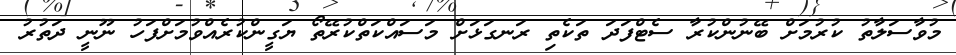
މުވާސަލާތު ކުރުމަށް ބޭނުންކުރާ ސެޓްފަދަ ތަކެތި ރަނގަޅަށް މަސައްކަތްކުރޭތޯ ޔަގީންކުރެއްވުމަށްފަހު ނޫނީ ދަތުރު